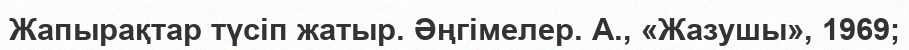
Жапырақтар түсіп жатыр. Әңгімелер. А., «Жазушы», 1969;